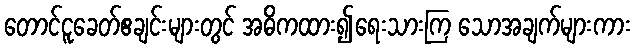
တောင်ငူခေတ်ဧချင်းများတွင် အဓိကထား၍ရေးသားကြ သောအချက်များကား